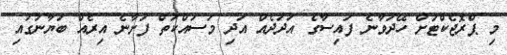
މި ޕްރޮޖެކްޓަށް ހޭދަވާނެ ފައިސާގެ އަދަދެއް އަދި މަސައްކަތް ފަށާނެ އިރެއް ބަޔާނުގައި